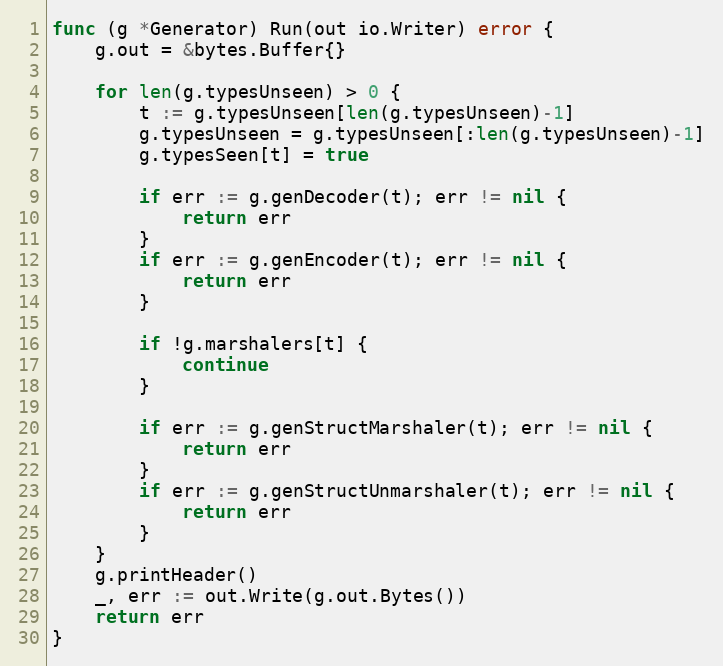
Language: Go
func (g *Generator) Run(out io.Writer) error {
	g.out = &bytes.Buffer{}

	for len(g.typesUnseen) > 0 {
		t := g.typesUnseen[len(g.typesUnseen)-1]
		g.typesUnseen = g.typesUnseen[:len(g.typesUnseen)-1]
		g.typesSeen[t] = true

		if err := g.genDecoder(t); err != nil {
			return err
		}
		if err := g.genEncoder(t); err != nil {
			return err
		}

		if !g.marshalers[t] {
			continue
		}

		if err := g.genStructMarshaler(t); err != nil {
			return err
		}
		if err := g.genStructUnmarshaler(t); err != nil {
			return err
		}
	}
	g.printHeader()
	_, err := out.Write(g.out.Bytes())
	return err
}